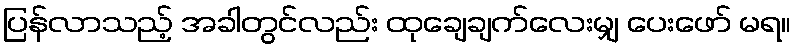
ပြန်လာသည့် အခါတွင်လည်း ထုချေချက်လေးမျှ ပေးဖော် မရ။